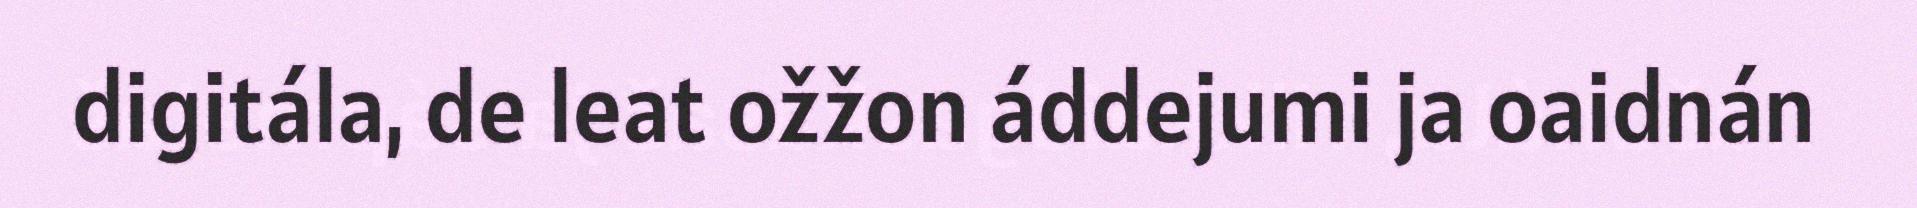
digitála, de leat ožžon áddejumi ja oaidnán